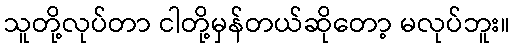
သူတို့လုပ်တာ ငါတို့မှန်တယ်ဆိုတော့ မလုပ်ဘူး။